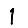
Digit: 1